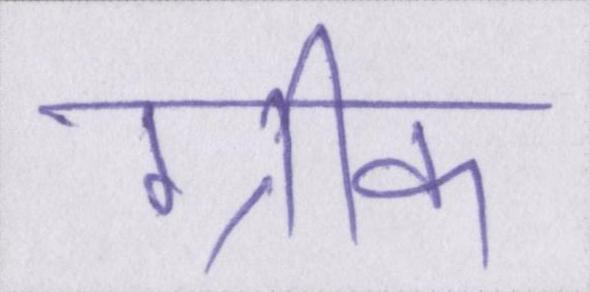
ग्रीक